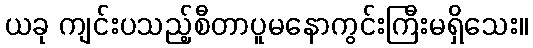
ယခု ကျင်းပသည့်စီတာပူမနောကွင်းကြီးမရှိသေး။